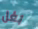
بغل